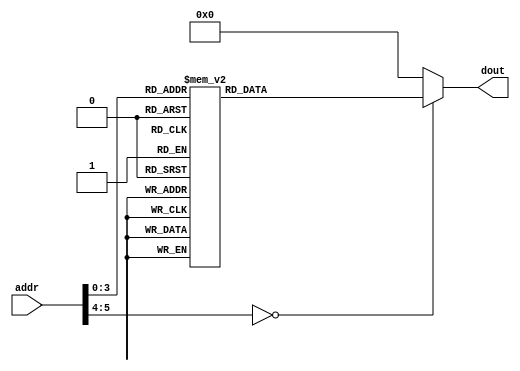
module InstructionROM(addr,dout);
	input [5 : 0] addr;
	output [31 : 0] dout;
	reg [31 : 0] dout;
	always @(*)
		case (addr)
			6'd0:   dout=32'h0000_3f37 ;//           lui X30,0x3000
			6'd1:   dout=32'h0200_0fE7 ;//           jalr X31 later(X0)
			6'd2:   dout=32'h01c0_2623 ;// earlier: sw  X28, 0C(X0) 
			6'd3:   dout=32'h0043_2e83 ;//           lw  X29, 4(X6) 
			6'd4:   dout=32'h002e_9293 ;//           sll  X5, X29, 2 
			6'd5:   dout=32'h0043_2e03 ;//           lw   X28, 4(X6)
			6'd6:   dout=32'h0073_3e33 ;//		     sltu X28,X6,X7 
			6'd7:   dout=32'h0000_0fef ;//	done:   jal X31,done
			6'd8:   dout=32'h0000_1c63 ;//	later:	bne X0, X0, end  		// 
			6'd9:   dout=32'h042f_0293;//	        addi X5, X30, 42
			6'd10:  dout=32'h01f0_0333 ;//          add  X6, X0, X31 
			6'd11:  dout=32'h4062_83b3 ;//           sub X7, X5, X6
			6'd12:  dout=32'h0053_ee33 ;//       	or	 X28, X7, X5 
			6'd13:  dout=32'hfc00_0ae3 ;//          beq X0, X0, earlier
			6'd14: dout=32'h00000000 ;// end:  	nop
			default:dout=32'h00000000 ;//nop
		endcase	
endmodule